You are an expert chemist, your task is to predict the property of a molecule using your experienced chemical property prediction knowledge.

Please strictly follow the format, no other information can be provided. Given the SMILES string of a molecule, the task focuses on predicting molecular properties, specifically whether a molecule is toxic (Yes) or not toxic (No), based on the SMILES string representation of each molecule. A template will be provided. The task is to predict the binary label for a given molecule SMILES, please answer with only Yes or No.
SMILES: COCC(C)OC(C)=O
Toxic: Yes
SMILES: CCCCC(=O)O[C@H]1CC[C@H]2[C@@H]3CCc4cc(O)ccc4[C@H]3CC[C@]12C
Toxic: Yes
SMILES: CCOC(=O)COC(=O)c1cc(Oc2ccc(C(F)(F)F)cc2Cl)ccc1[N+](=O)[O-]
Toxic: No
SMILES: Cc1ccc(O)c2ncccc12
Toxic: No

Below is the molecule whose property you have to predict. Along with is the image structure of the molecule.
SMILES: CC(=O)OCC(=O)[C@@]1(O)[C@H](C)C[C@H]2[C@@H]3CCC4=CC(=O)C=C[C@]4(C)[C@@]3(F)[C@@H](O)C[C@@]21C
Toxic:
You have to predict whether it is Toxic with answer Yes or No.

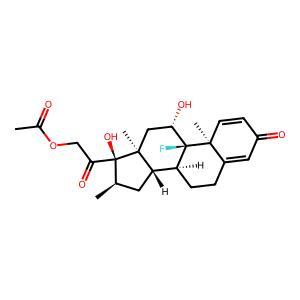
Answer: Yes